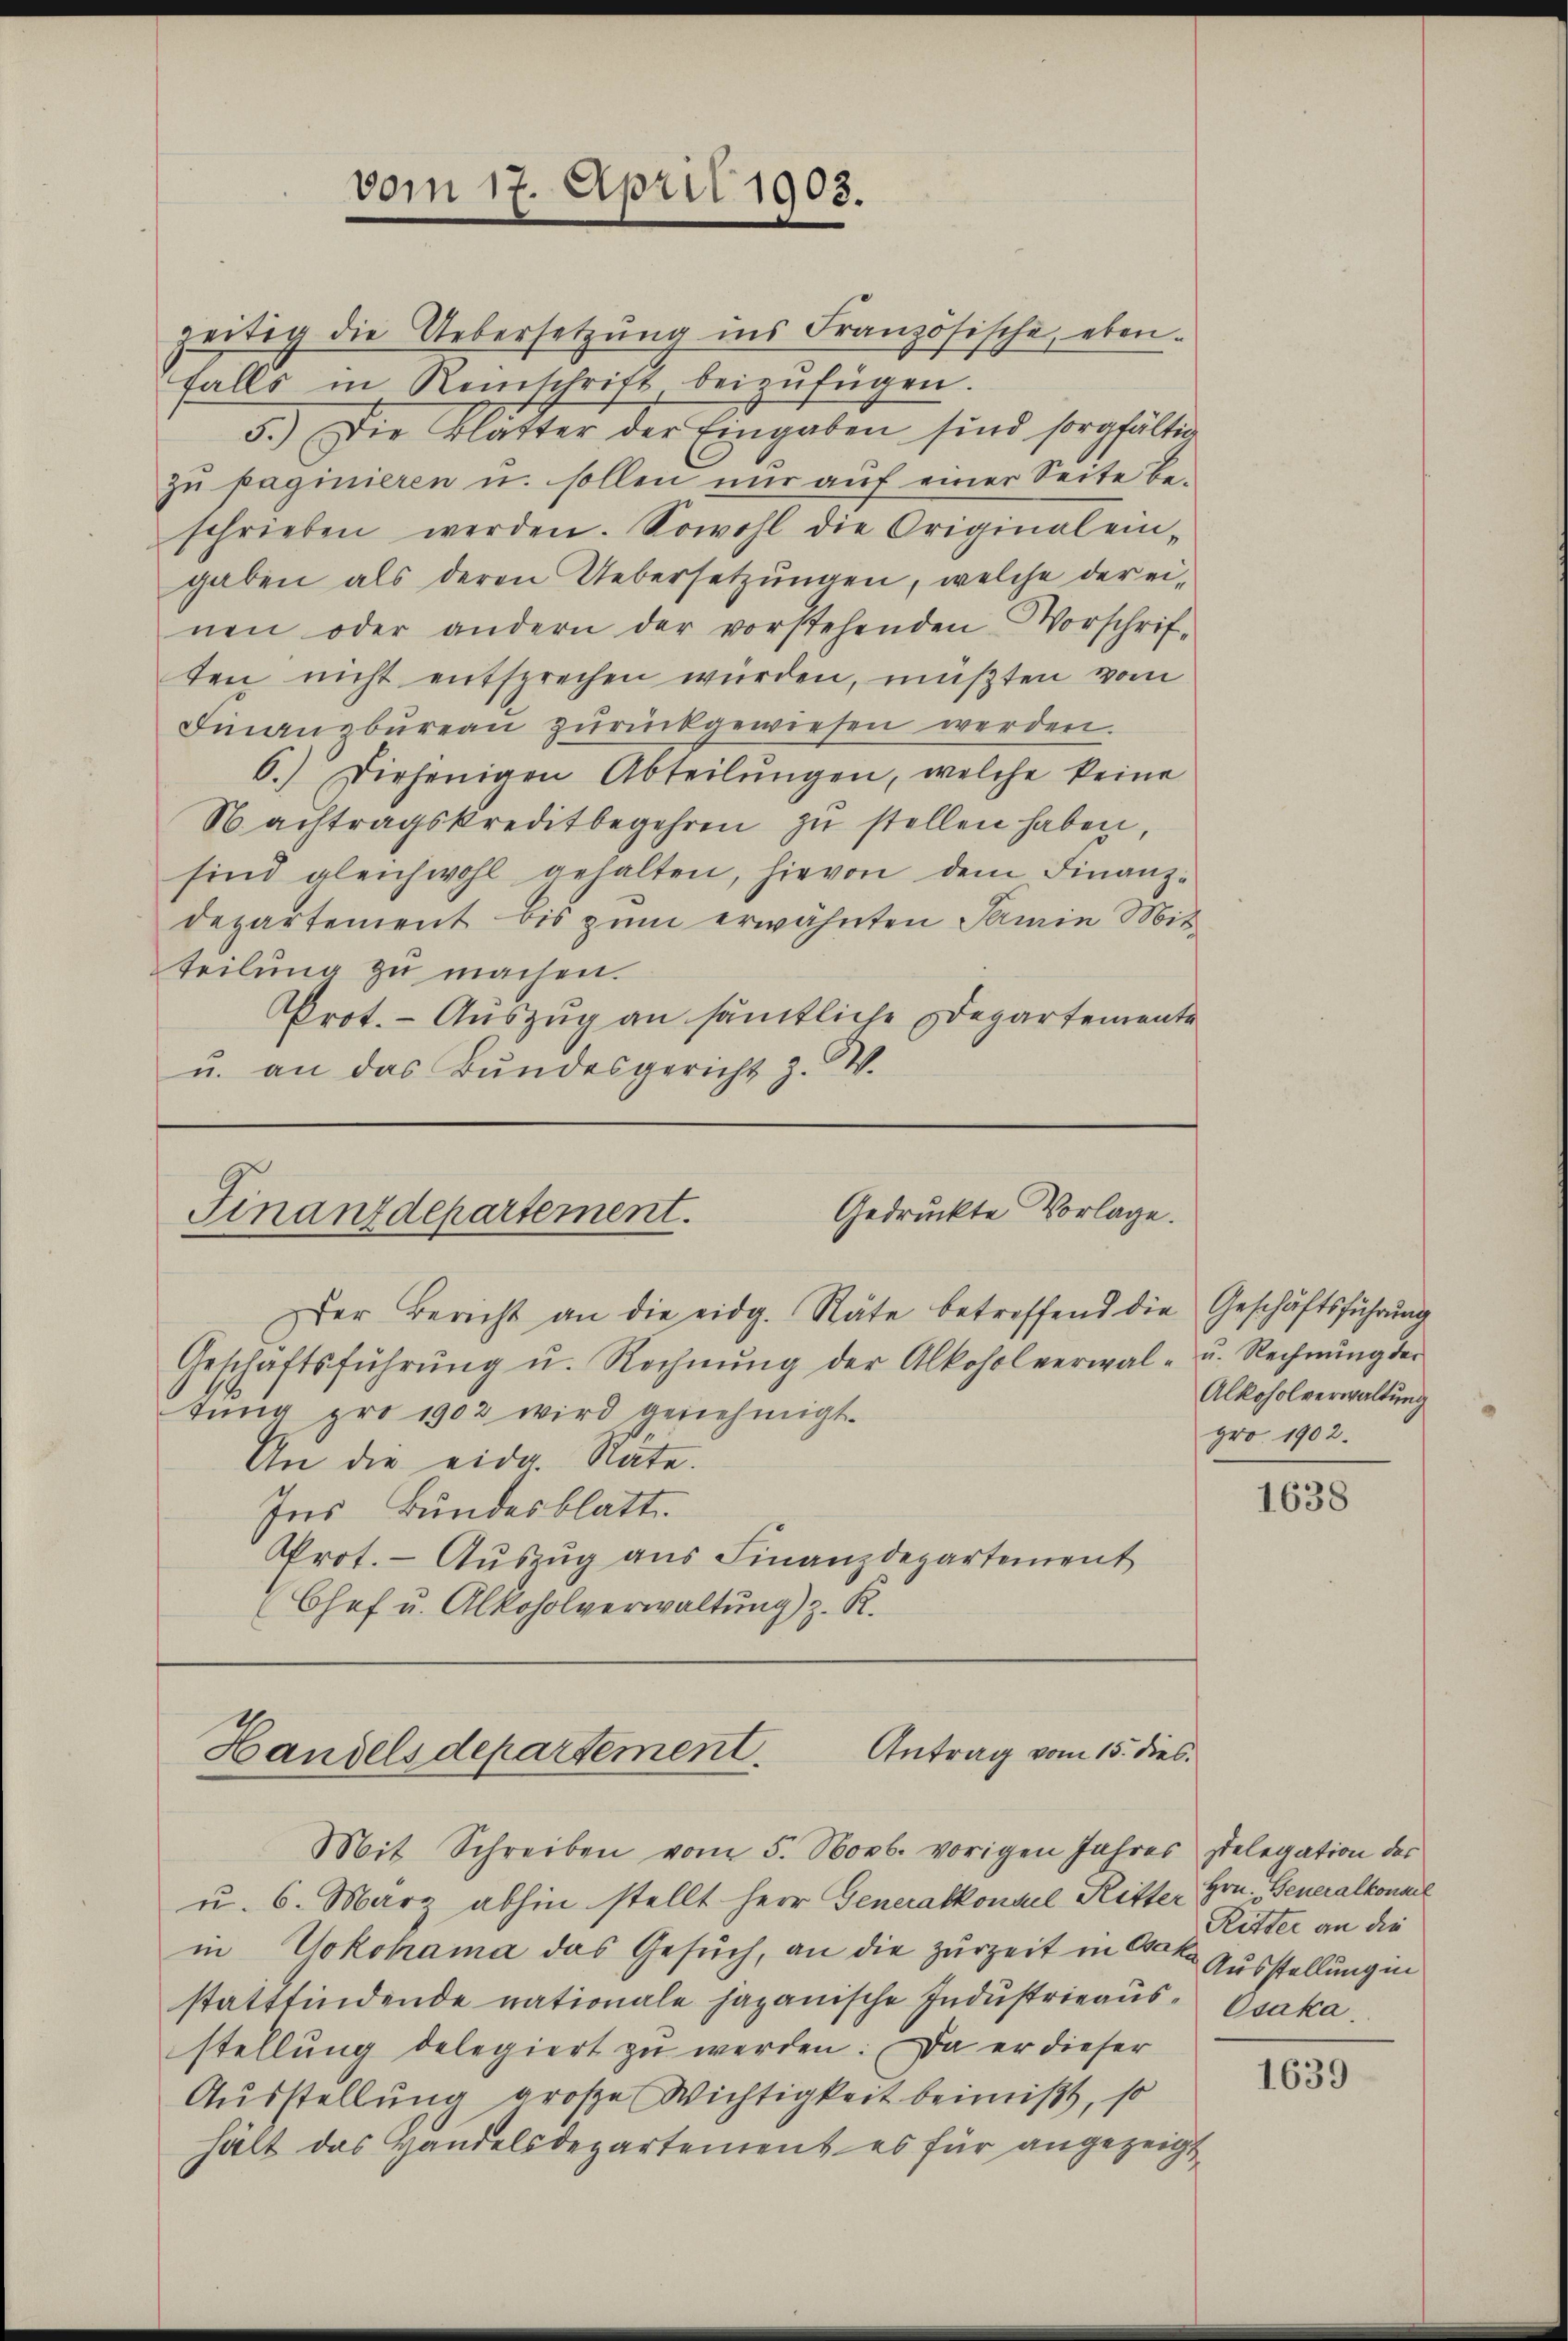
vom 17. April 1903.

zeitig die Uebersetzung ins Französische, eben-
falls in Reinschrift, beizufügen.
5.) Die Blätter der Eingaben sind sorgfältig
zu paginieren u. sollen nur auf einer Seite beschrieben werden. Sowohl die Original ein-
gaben als deren Uebersetzungen, welche der ei-
nen oder andern der vorstehenden Vorschrif-
ten nicht entsprechen würden, müßten vom
Finanzbüreaŭ zŭrückgewiesen werden.
6.) Diejenigen Abteilŭngen, welche keine
Nachtragskreditbegehren zu stellen haben,
sind gleichwohl gehalten, hievon dem Finanz-
departement bis zum erwähnten Samin Mit
teilung zu machen.
Prot. - Auszug an sämtliche Departemente
u. an das Bundesgericht z. W.

Gedruckte Vorlage.
Finanzdepartement.
Der Bericht an die eidg. Räte betreffend die Geschäftsführŭng
Geschäftsführŭng u. Rechnŭng der Alkoholverwal- u. Rechnŭng der

tung pro 1902 wird genehmigt.
An die eide Rate.
Ins Bundesblatt.
Prot. Aŭszŭg aŭs Finanzdepartement
Chef u. Alkoholverwaltung) z. R.

Antrag vom 15. dies.
Handelsdepartement.

Alkoholverwaltung
pro 1902.

Mit Schreiben vom 5. Novb. vorigen Jahres gelegation des
u. 6. März abhin stellt Herr Generalkonsel Ritter Hrn. Generalkonal
in Yokohama das Gesuch, an die zurzeit in Gako Ausstellung in
stattfindende nationale japanische Industrieaus-Osaka
stellung delegiert zu werden. Da er dieser
Ausstellung große Wichtigkeit beimißt, so
hält das Handelsdepartement es für angezeigt

1638

Ritter an die

1639